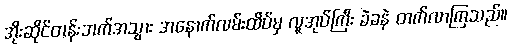
အိုးဆိုင်တန်းဘက်အသွား အနောက်လမ်းထိပ်မှ လူအုပ်ကြီး ခဲခနဲ တက်လာကြသည်။